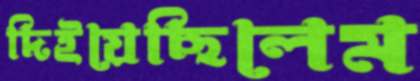
দিইয়েছিলেম